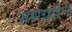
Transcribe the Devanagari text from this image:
समग्रतेनं